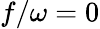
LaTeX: f/\omega=0